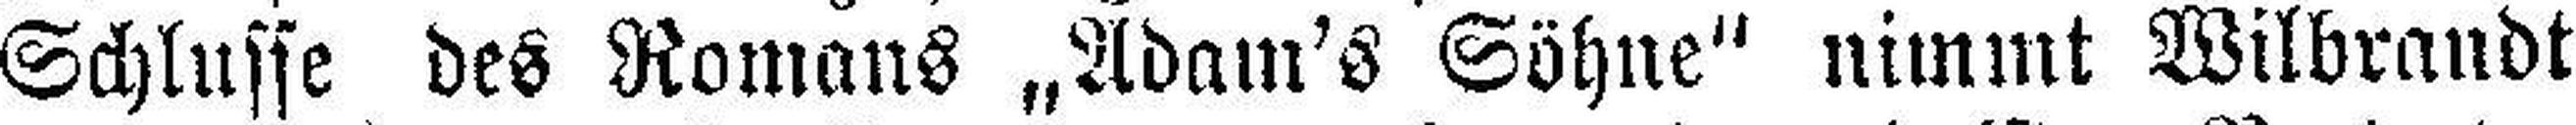
Schlusse des Romans „Adam's Söhne" nimmt Wilbrandt